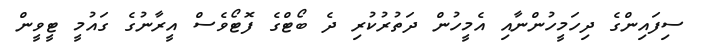
ސިފައިންގެ ދިހަމީހުންނާއި އެމީހުން ދަތުރުކުރި ދެ ބޯޓްގެ ފޮޓޯވެސް އީރާނުގެ ގައުމީ ޓީވީން